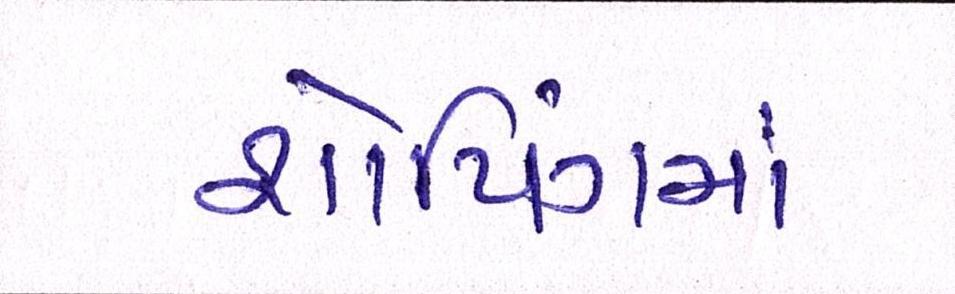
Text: શોપિંગમાં